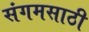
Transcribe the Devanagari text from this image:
संगमसाठी